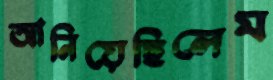
আনিয়েছিলেম